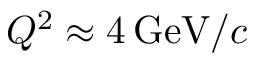
Q ^ { 2 } \approx 4 \, \mathrm { G e V } / c